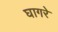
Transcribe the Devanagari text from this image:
घागरे